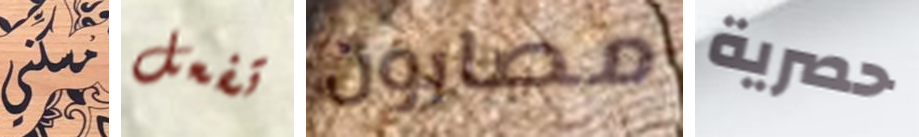
مسكني تفعل مصابون حصرية